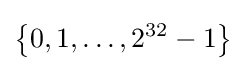
\left\{0,1,\ldots ,2^{32}-1\right\}